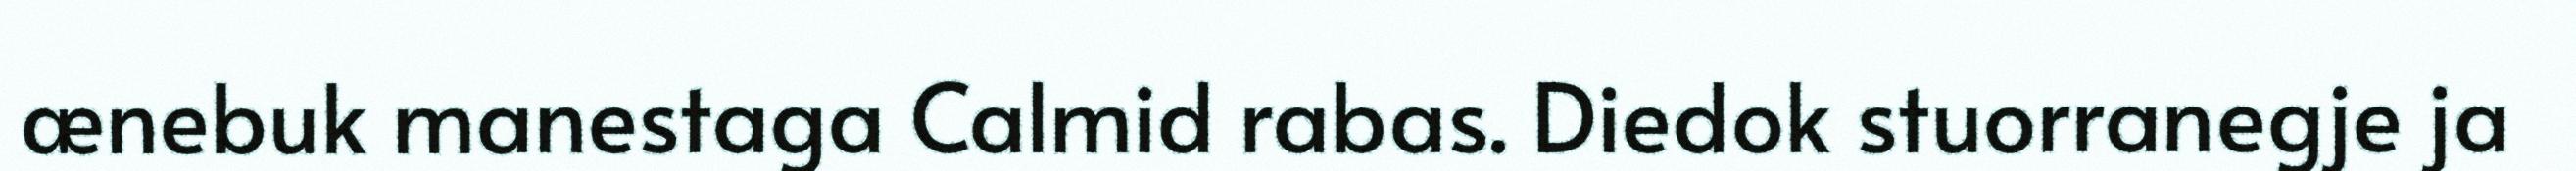
ænebuk manestaga Calmid rabas. Diedok stuorranegje ja